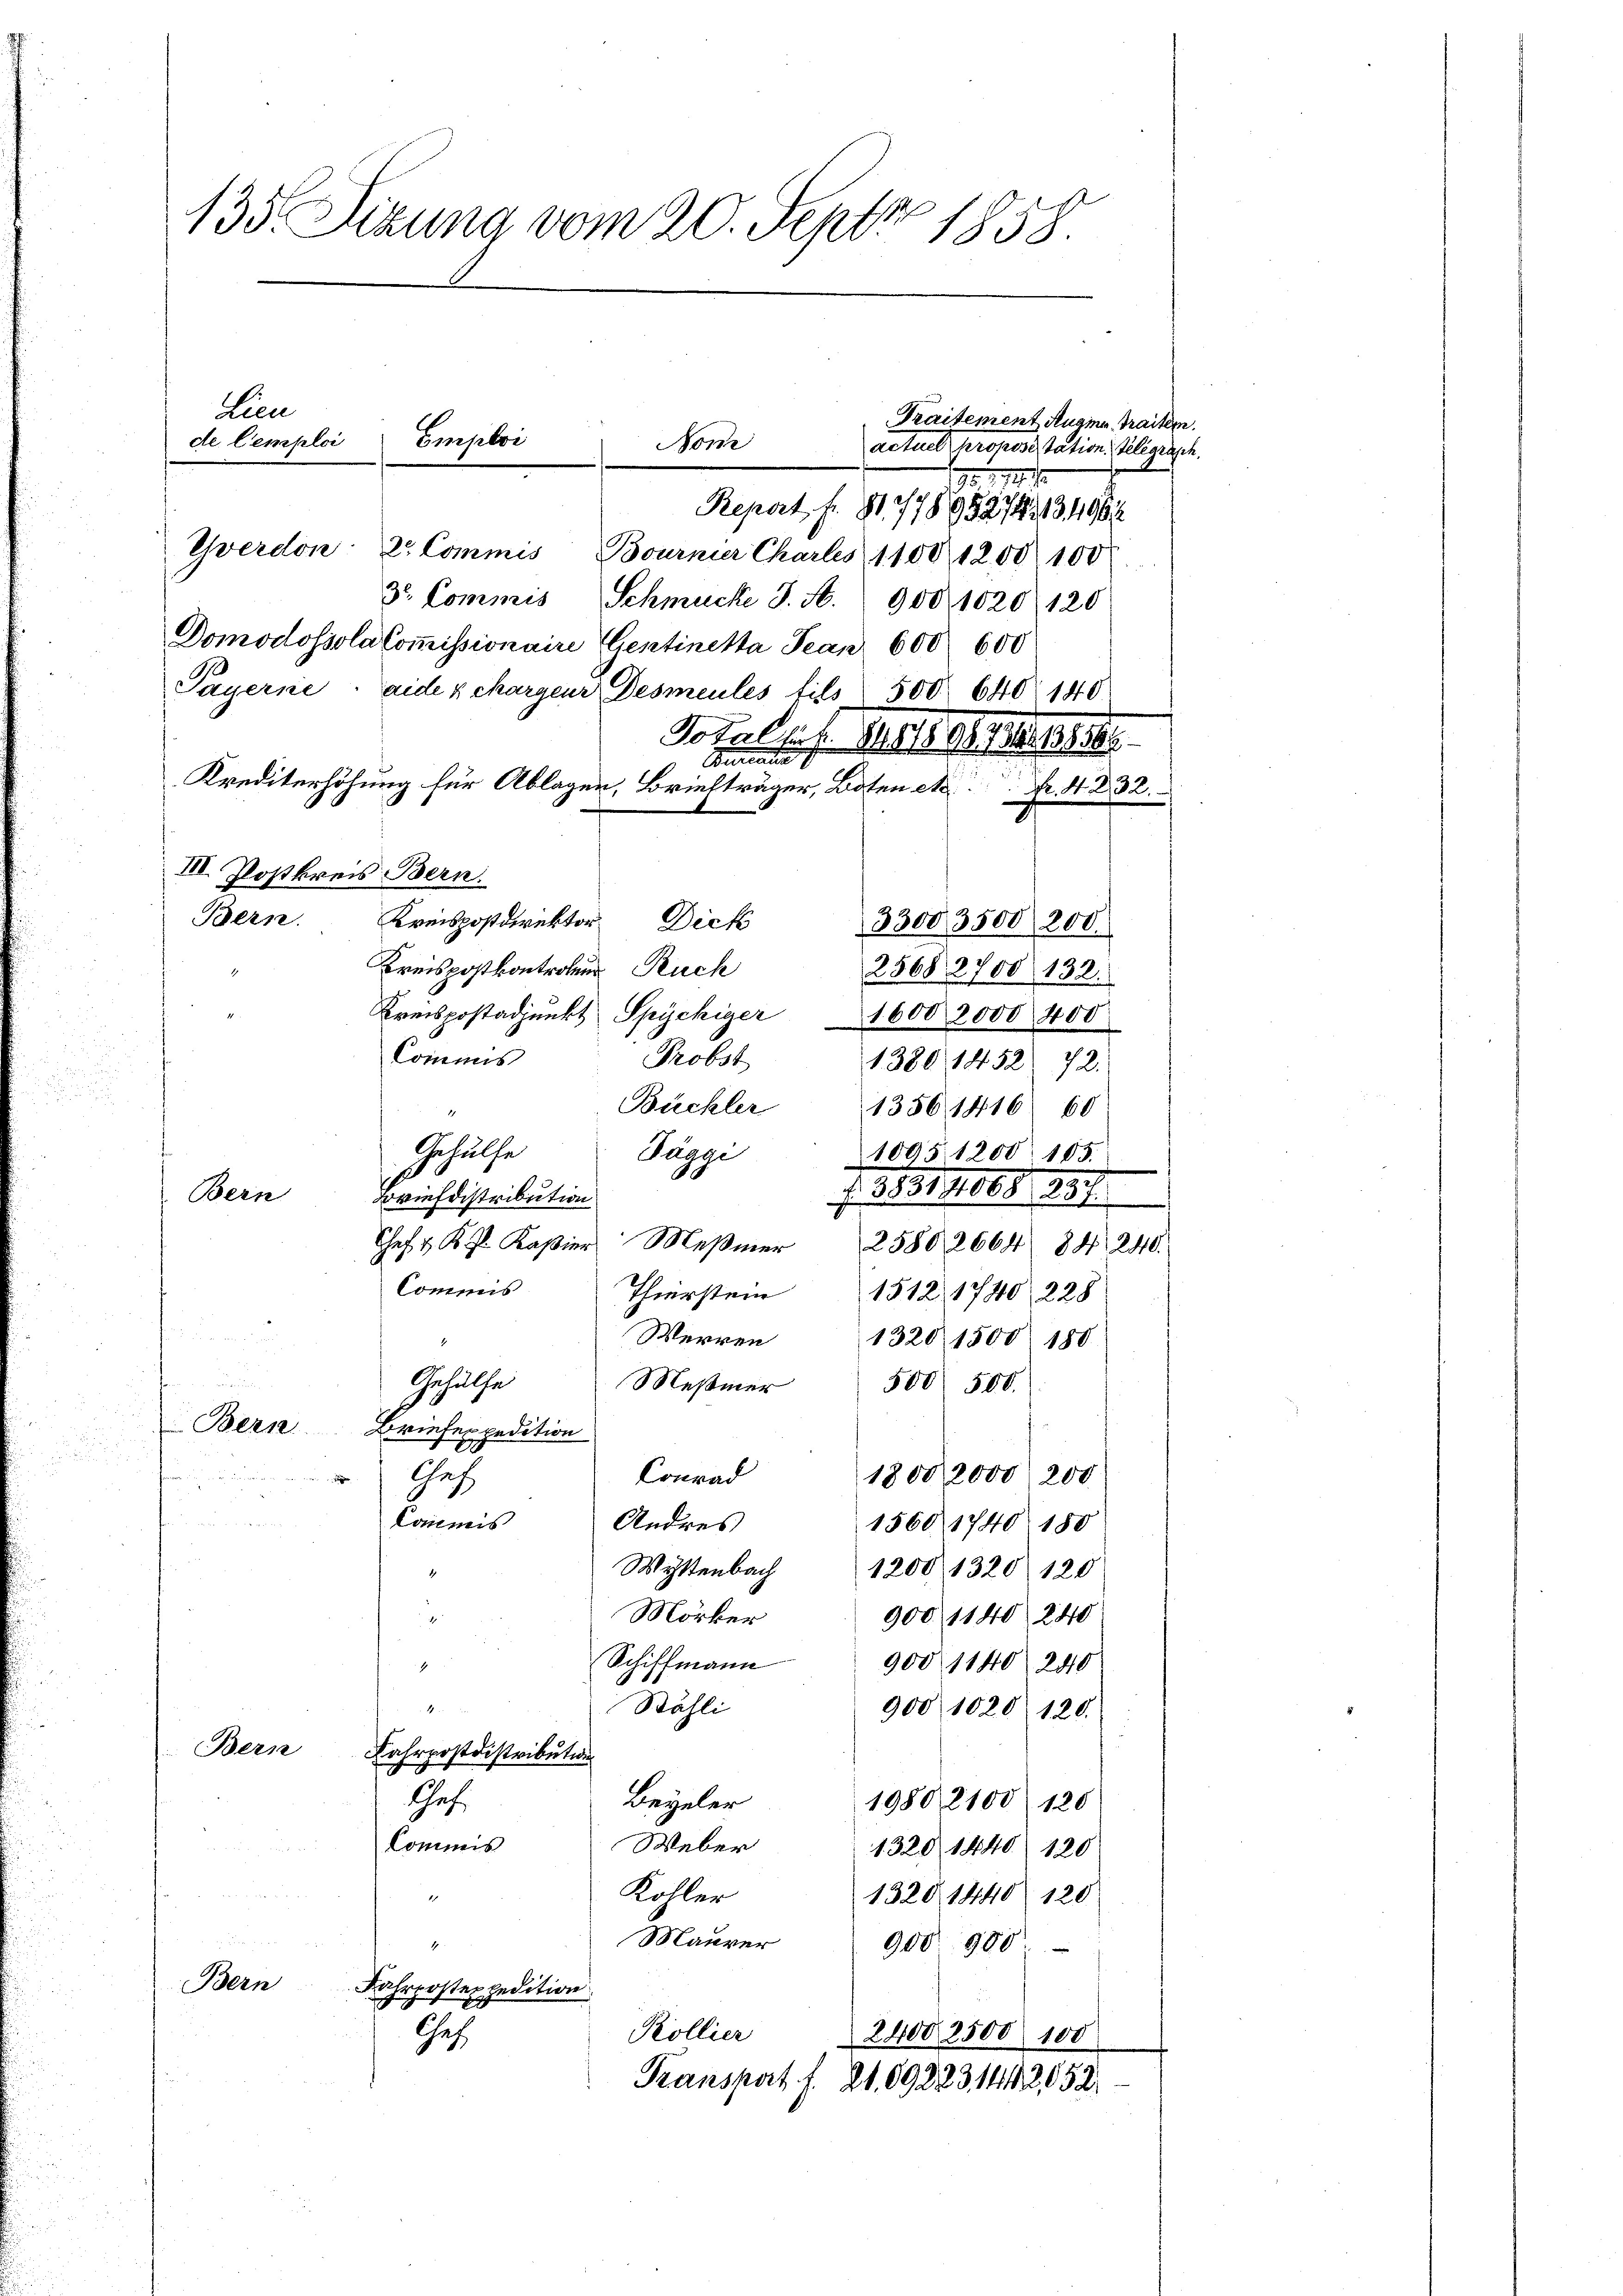
135 Sizung vom 20. Sept. 1858.

. Z. 11. 1
Repart fr. 31. 7789527413/1904
Yverdon: 2. Commis Bournier Chartes 1100 1200. 100
3. Commis, Schmucke J. H. 900, 1020 (120
Domodossola Commissionaire Gentinetta Jean 600 600
Payerne eide x chargeur Desmeules fils 500 640 140
Total u. 14194. 114. 1889
Bureau d
Krediterhöhung für Ablagen, Briefträger, Boten et Fr. 432.
III. Postkreis Bern.
Bern. Kreispostdirektor Dich
Kreispostkontrolen Ruch
2568 2700 132.
Kreispostadjunkt Spychiger 1600 2000 400
Commis
Probst
1380 1452. 72.
Buckler
1356 1416 60
Gehülfe
Päggi
1005. 1200. 105.
. 313, 1065. 291.
Bern
Briefdistribution
Chef  K. Kapier Meßmer 25802664 88. 240.
Commis
Thierstein 1512 1740. 228
Werren 1320 1500 180
Gehülfe
Meßmer 500 500.
Bern Briefexpedition

Conrad
18002000, 200
Chef
Commis
Andres
1560, 1740 180
Wyttenbach 1200 1320 120
Mörker
900, 1140 240
1
Schiffmann
9001140. 240
1
Stähli
H
900, 1020 120.
Bern Fahrpostdistribution
Gef
Beieler
1980 2100 180
Commis
Weber
1320 1440. 120
Kohler
13201440. 120
Maurer
1
900. 900
Bern
Fahrpostexpedition
Kollier
24002500 100
Chef.
Transpat. f. 21. 898231412052

Lien
Emploi
de Cemploi

Non

Traitement Augia, Traiter

33003500 200.

actuel propositation Telegrasch.